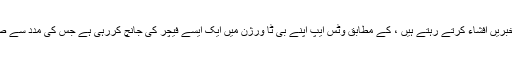
@WABetaInfo جو بی ٹا ایپلی کیشنز کے بارے میں اکثر خبریں افشاء کرتے رہتے ہیں ، کے مطابق وٹس ایپ اپنے بی ٹا ورژن میں ایک ایسے فیچر کی جانچ کررہی ہے جس کی مدد سے صارفین 5 منٹ کے دوران اپنے بھیجے گئے پیغامات کو Unsend یا ڈیلیٹ کرسکیں گے۔